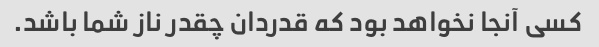
کسی آنجا نخواهد بود که قدردان چقدر ناز شما باشد.